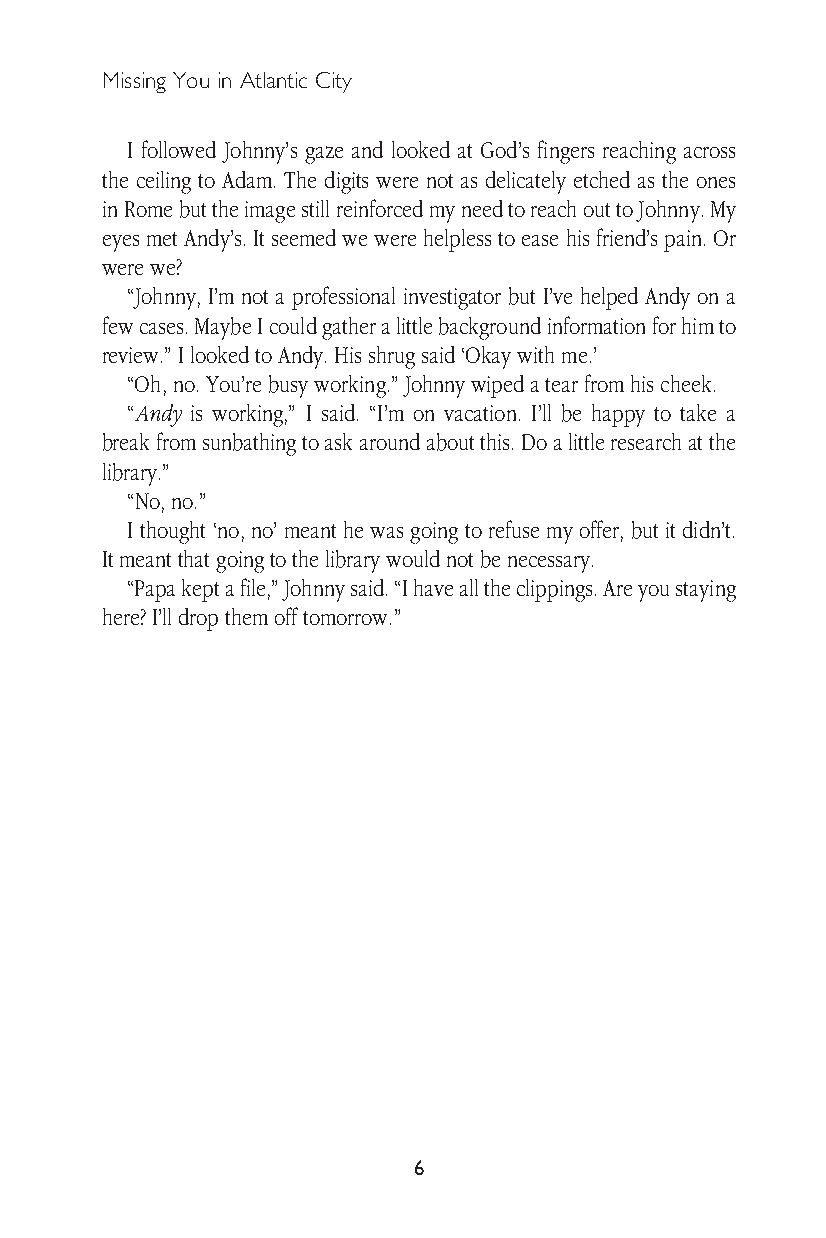
Missing You in Atlantic City
 I followed Johnny’s gaze and looked at God’s fingers reaching across
 the ceiling to Adam. The digits were not as delicately etched as the ones
 in Rome but the image still reinforced my need to reach out to Johnny. My
 eyes met Andy’s. It seemed we were helpless to ease his friend’s pain. Or
 were we?
 “Johnny, I’m not a professional investigator but I’ve helped Andy on a
 few cases. Maybe I could gather a little background information for him to
 review.” I looked to Andy. His shrug said ‘Okay with me.’
 “Oh, no. You’re busy working.” Johnny wiped a tear from his cheek.
 “Andy is working,” I said. “I’m on vacation. I’ll be happy to take a
 break from sunbathing to ask around about this. Do a little research at the
 library.”
 “No, no.”
 I thought ‘no, no’ meant he was going to refuse my offer, but it didn’t.
 It meant that going to the library would not be necessary.
 “Papa kept a file,” Johnny said. “I have all the clippings. Are you staying
 here? I’ll drop them off tomorrow.”
 6